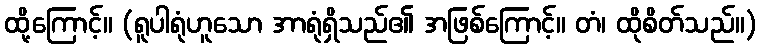
ထို့ကြောင့်။ (ရူပါရုံဟူသော အာရုံရှိသည်၏ အဖြစ်ကြောင့်။ တံ၊ ထိုစိတ်သည်။)